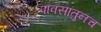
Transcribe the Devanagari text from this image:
पावसातुनच